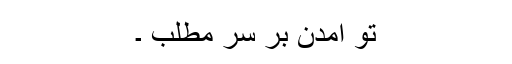
تو آمدن بر سرِ مطلب ۔